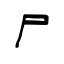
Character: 尸